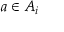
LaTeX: a \in A _ { i }